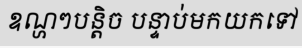
ឧណ្ហៗបន្តិច បន្ទាប់មកយកទៅ